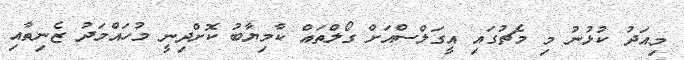
މިއަދު ކުޅުނު މި މެޗުގައި އީގަލްސްއަށް ގޯލްތައް ކާމިޔާބު ކޮށްދިނީ މުހައްމަދު ޒެނިތާއި